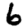
Digit: 6